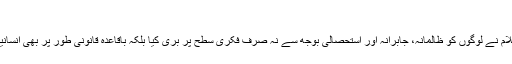
– وقاص احمد – Daleel.Pk
پچھلے مضمون میں بیان کیا گیا تھا کہ کیسے اسلام نے لوگوں کو ظالمانہ، جابرانہ اور استحصالی بوجھ سے نہ صرف فکری سطح پر بری کیا بلکہ باقاعدہ قانونی طور پر بھی انسانیت کوگھٹن، پریشانی اور مجبوریوں سے آزاد کیا۔